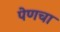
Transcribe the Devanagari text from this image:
पेणचा